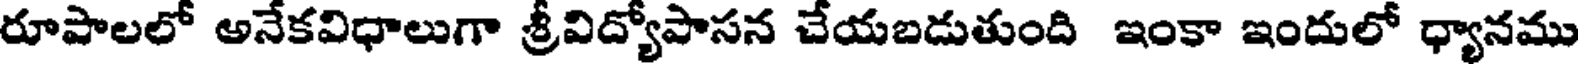
రూపాలలో అనేకవిధాలుగా శ్రీవిద్యోపాసన చేయబడుతుంది ఇంకా ఇందులో ధ్యానము